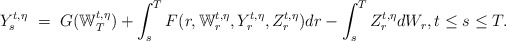
\begin{align*}Y_s^{t,\eta} \ = \ G(\mathbb W_T^{t,\eta}) + \int_s^T F(r,\mathbb W_r^{t,\eta},Y_r^{t,\eta},Z_r^{t,\eta}) dr - \int_s^T Z_r^{t,\eta} dW_r, t \leq s \leq T.\end{align*}